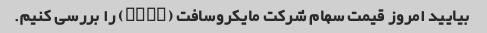
بیایید امروز قیمت سهام شرکت مایکروسافت (MSFT) را بررسی کنیم.